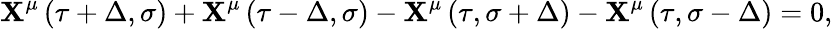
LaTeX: \mathbf{X}^{\mu}\left(\tau+\Delta,\sigma\right)+\mathbf{X}^{\mu}\left(\tau-\Delta,\sigma\right)-\mathbf{X}^{\mu}\left(\tau,\sigma+\Delta\right)-\mathbf{X}^{\mu}\left(\tau,\sigma-\Delta\right)=0,